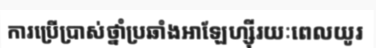
ការប្រើប្រាស់ថ្នាំប្រឆាំងអាឡែហ្ស៊ីរយៈពេលយូរ